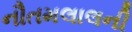
નૌતમલાલની